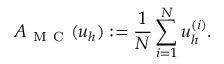
A _ { \mathrm { ~ M ~ C ~ } } ( u _ { h } ) : = \frac { 1 } { N } \sum _ { i = 1 } ^ { N } u _ { h } ^ { ( i ) } .